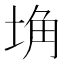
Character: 埆